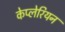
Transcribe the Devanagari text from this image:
केप्लेरियन